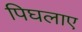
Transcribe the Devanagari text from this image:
पिघलाए